Report on vaccination in Madras 1904-1921 - 1904-1921
Year: 1904
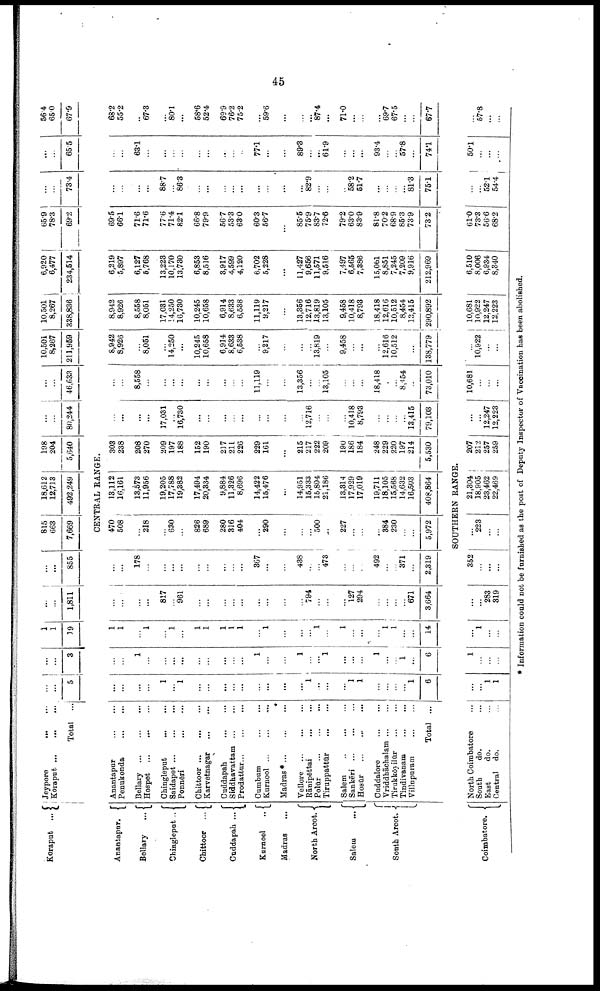
45
Koraput ...
Jeypore
...
...
Koraput
...
...
...
Total ...
...
...
5
...
...
3
1
1
19
...
...
1,811
...
...
855
815
663
7,669
18,612
12,713
492,249
198
204
5,640
...
...
80,244
...
...
46,633
10,501
8,267
211,959
10,501
8,267
338,836
6,920
6,477
234,614
65.9
78.3
69.2
...
...
73.4
...
...
65.5
56.4
65.0
67.9
CENTRAL RANGE.
Anantapur.
Bellary
...
Chingleput ..
Chittoor ...
Cuddapah ...
Kurnool
...
Madras
...
North Arcot.
Salem
...
South Arcot.
Anantapur
...
...
Penukonda
...
...
Bellary
...
...
...
Hospet
...
...
...
Chingleput
...
...
Saidapet
...
...
...
Ponnēri ... ...
Chittoor
...
...
...
Karvetnagar
...
...
Cuddapah ... ...
Siddhavattam
...
...
Prodattur
...
...
...
Cumbum ... ...
Kurnool
...
...
...
Madras *
...
...
...
Vellore
...
...
...
Rānipēttai ... ... ...
Polūr
...
...
...
Tiruppattūr
...
...
Salem
...
...
...
Sankēri ... ... ...
Hosūr
...
...
...
Guddalore
...
...
Vriddhāchalam ... ...
Tirukkōyilūr
...
...
Tindivanam
...
...
Villupuram
...
...
Total ...
...
...
...
...
1
...
1
...
...
...
...
...
...
...
...
...
1
...
...
...
1
1
...
...
...
...
1
6
...
...
1
...
...
...
...
...
...
...
...
...
1
...
...
1
...
...
1
...
...
...
1
...
...
...
...
6
1
1
...
1
...
1
...
1
1
1
1
1
...
1
...
...
...
1
...
1
...
...
...
1
1
...
...
14
...
...
...
...
817
...
961
...
...
...
...
...
...
...
...
...
794
...
...
...
127
294
...
...
...
...
671
3,664
...
...
178
...
...
...
...
...
...
...
...
...
367
...
...
438
...
...
473
...
...
...
492
...
...
371
...
2,319
470
508
...
218
...
630
...
826
689
280
316
404
...
290
...
...
...
500
...
227
...
...
...
384
230
...
...
5,972
13,112
16,161
13,573
11,956
19,205
17,788
19,382
17,494
20,334
9,884
11,326
8,696
14,422
15,476
...
14,951
15,333
15,804
21,186
13,314
17,929
17,019
19,711
18,105
15,568
14,632
16,503
408,864
303
238
208
270
209
197
188
152
190
217
211
226
229
161
...
215
217
222
209
190
186
184
248
229
220
197
214
5,530
...
...
...
...
17,031
...
16,730
...
...
...
...
...
...
...
...
...
12,716
...
...
...
10,418
8,793
...
...
...
...
13,415
79,103
...
...
8,558
...
...
...
...
...
...
...
...
...
11,119
...
...
13,356
...
...
13,105
...
...
...
18,418
...
...
8,454
...
73,010
8,942
8,926
...
8,051
...
14,250
...
10,245
10,658
6,914
8,633
6,538
...
9,217
...
...
...
13,819
...
9,458
...
...
...
12,616
10,512
...
...
138,779
8,942
8,926
8,558
8,051
17,031
14,250
16,730
10,245
10,658
6,914
8,633
6,538
11,119
9,217
...
13,356
12,716
13,819
13,105
9,458
10,418
8,793
18,418
12,616
10,512
8,454
13,415
290,892
6,219
5,897
6,127
6,768
13,223
10,170
13,730
6,853
8,516
3,917
4,599
4,120
6,702
5,228
...
11,427
9,656
11,571
9,516
7,497
6,565
7,386
15,061
8,851
7,245
7,209
9,916
212,969
69.5
66.1
71.6
71.6
77.6
71.4
82.1
66.8
79.9
56.7
53.3
63.0
60.3
56.7
...
85.5
75.9
83.7
72.6
79.2
63.0
83.9
81.8
70.2
68.9
85.3
73.9
73.2
...
...
...
...
88.7
...
86.3
...
...
...
...
...
...
...
...
...
82.9
...
...
...
58.2
51.7
...
...
...
...
81.3
75.1
...
...
63.1
...
...
...
...
...
...
...
...
...
77.1
...
...
89.3
...
...
61.9
...
...
...
93.4
...
...
57.8
...
74.1
68.2
55.2
...
67.3
...
80.1
...
58.6
52.4
69.9
76.2
75.2
...
59.6
...
...
...
87.4
...
71.0
...
...
...
69.7
67.5
...
...
67.7
SOUTHERN RANGE.
Coimbatore.
North Coimbatore ...
South
do. ...
East
do. ...
Central do. ...
...
...
1
1
1
...
...
...
...
1
...
...
...
...
283
319
362
...
...
...
...
223
...
...
21,304
18,905
23,462
22,469
207
212
257
259
...
...
12,247
12,223
10,681
...
...
...
...
10,922
...
...
10,681
10,922
12,247
12,223
6,510
8,006
6,934
8,340
61.0
73.3
56.6
68.2
...
...
52.1
54.4
50.1
...
...
...
...
57.8
...
...
* Information could not be furnished as the post of Deputy Inspector of Vaccination has been abolished.